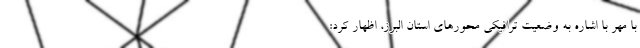
با مهر با اشاره به وضعیت ترافیکی محورهای استان البرز، اظهار کرد: